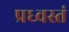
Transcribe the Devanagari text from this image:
प्रध्वस्तं